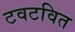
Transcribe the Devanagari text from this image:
टवटवित